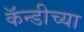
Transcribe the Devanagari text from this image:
कॅन्डीच्या